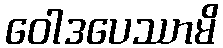
ဝေါဒပေဿာမိ